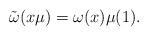
LaTeX: \begin{align*}\tilde{\omega} (x\mu) = \omega(x)\mu(1).\end{align*}